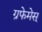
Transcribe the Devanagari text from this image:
ग्रफेमेस्